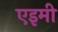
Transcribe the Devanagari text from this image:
एइमी